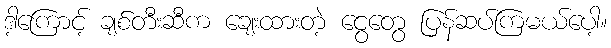
ဒါ့ကြောင့် ချစ်တီးဆီက ချေးထားတဲ့ ငွေတွေ ပြန်ဆပ်ကြမယ်ပေါ့။